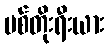
ဗစ်တိုးရီးယား